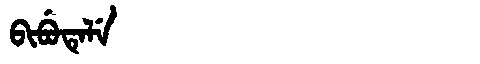
Manchu: ᠪᡳᠪᡠᡨᡝᠯᡝ
Romanization: BIBUTELE